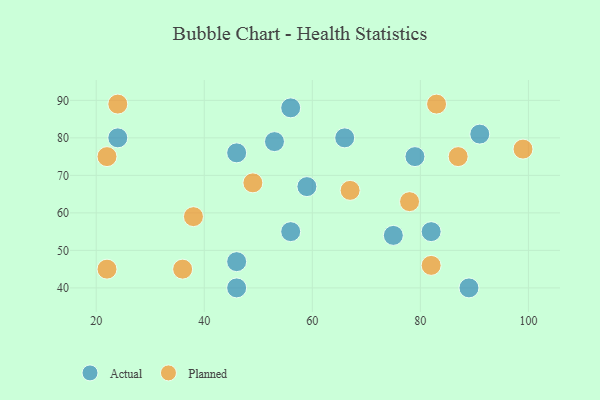
{"axis": {"x": "GDP", "y": "Life Expectancy"}, "legend": ["Actual", "Planned"], "data": [{"x": "89", "y": 40, "type": "Actual"}, {"x": "56", "y": 55, "type": "Actual"}, {"x": "66", "y": 80, "type": "Actual"}, {"x": "79", "y": 75, "type": "Actual"}, {"x": "59", "y": 67, "type": "Actual"}, {"x": "56", "y": 88, "type": "Actual"}, {"x": "46", "y": 40, "type": "Actual"}, {"x": "91", "y": 81, "type": "Actual"}, {"x": "53", "y": 79, "type": "Actual"}, {"x": "24", "y": 80, "type": "Actual"}, {"x": "46", "y": 47, "type": "Actual"}, {"x": "82", "y": 55, "type": "Actual"}, {"x": "75", "y": 54, "type": "Actual"}, {"x": "46", "y": 76, "type": "Actual"}, {"x": "22", "y": 45, "type": "Planned"}, {"x": "78", "y": 63, "type": "Planned"}, {"x": "36", "y": 45, "type": "Planned"}, {"x": "22", "y": 75, "type": "Planned"}, {"x": "82", "y": 46, "type": "Planned"}, {"x": "99", "y": 77, "type": "Planned"}, {"x": "87", "y": 75, "type": "Planned"}, {"x": "49", "y": 68, "type": "Planned"}, {"x": "24", "y": 89, "type": "Planned"}, {"x": "67", "y": 66, "type": "Planned"}, {"x": "38", "y": 59, "type": "Planned"}, {"x": "83", "y": 89, "type": "Planned"}]}